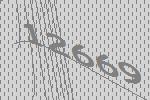
12669